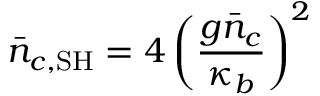
\bar { n } _ { c , \mathrm { S H } } = 4 \left( \frac { g \bar { n } _ { c } } { \kappa _ { b } } \right) ^ { 2 }